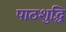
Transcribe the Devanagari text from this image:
पाठशुद्धि